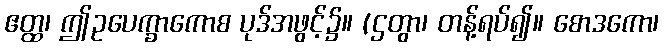
ဧတ္ထ၊ ဤဥပေက္ခာကောစ ပုဒ်အဖွင့်၌။ (ဌတွာ၊ တန့်ရပ်၍။ စောဒကော၊